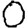
Digit: 0